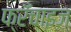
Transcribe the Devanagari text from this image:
फ्रँचाइज